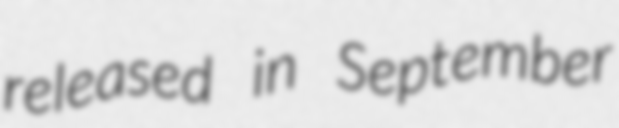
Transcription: released in September